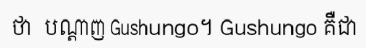
ថា  បណ្តាញ Gushungo។ Gushungo គឺជា